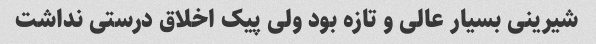
شیرینی بسیار عالی و تازه بود ولی پیک اخلاق درستی نداشت